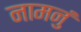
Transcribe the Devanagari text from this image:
नामनुं